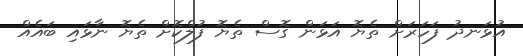
އުޅަނދު ފަހަރަށް ތެޔޮ އަޅަން ގޮސް ތެޔޮ ފުލްކޮށް ތެޔޮ ނާޅައި ބައެއް